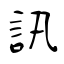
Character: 訊